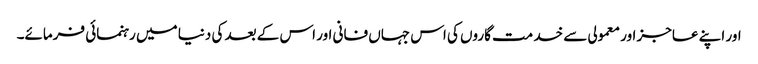
اور اپنے عاجز اور معمولی سے خد مت گاروں کی اس جہاں فانی اور اس کے بعد کی دنیا میں رہنمائی فرمائے۔